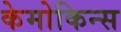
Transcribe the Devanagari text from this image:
केमोकिन्स